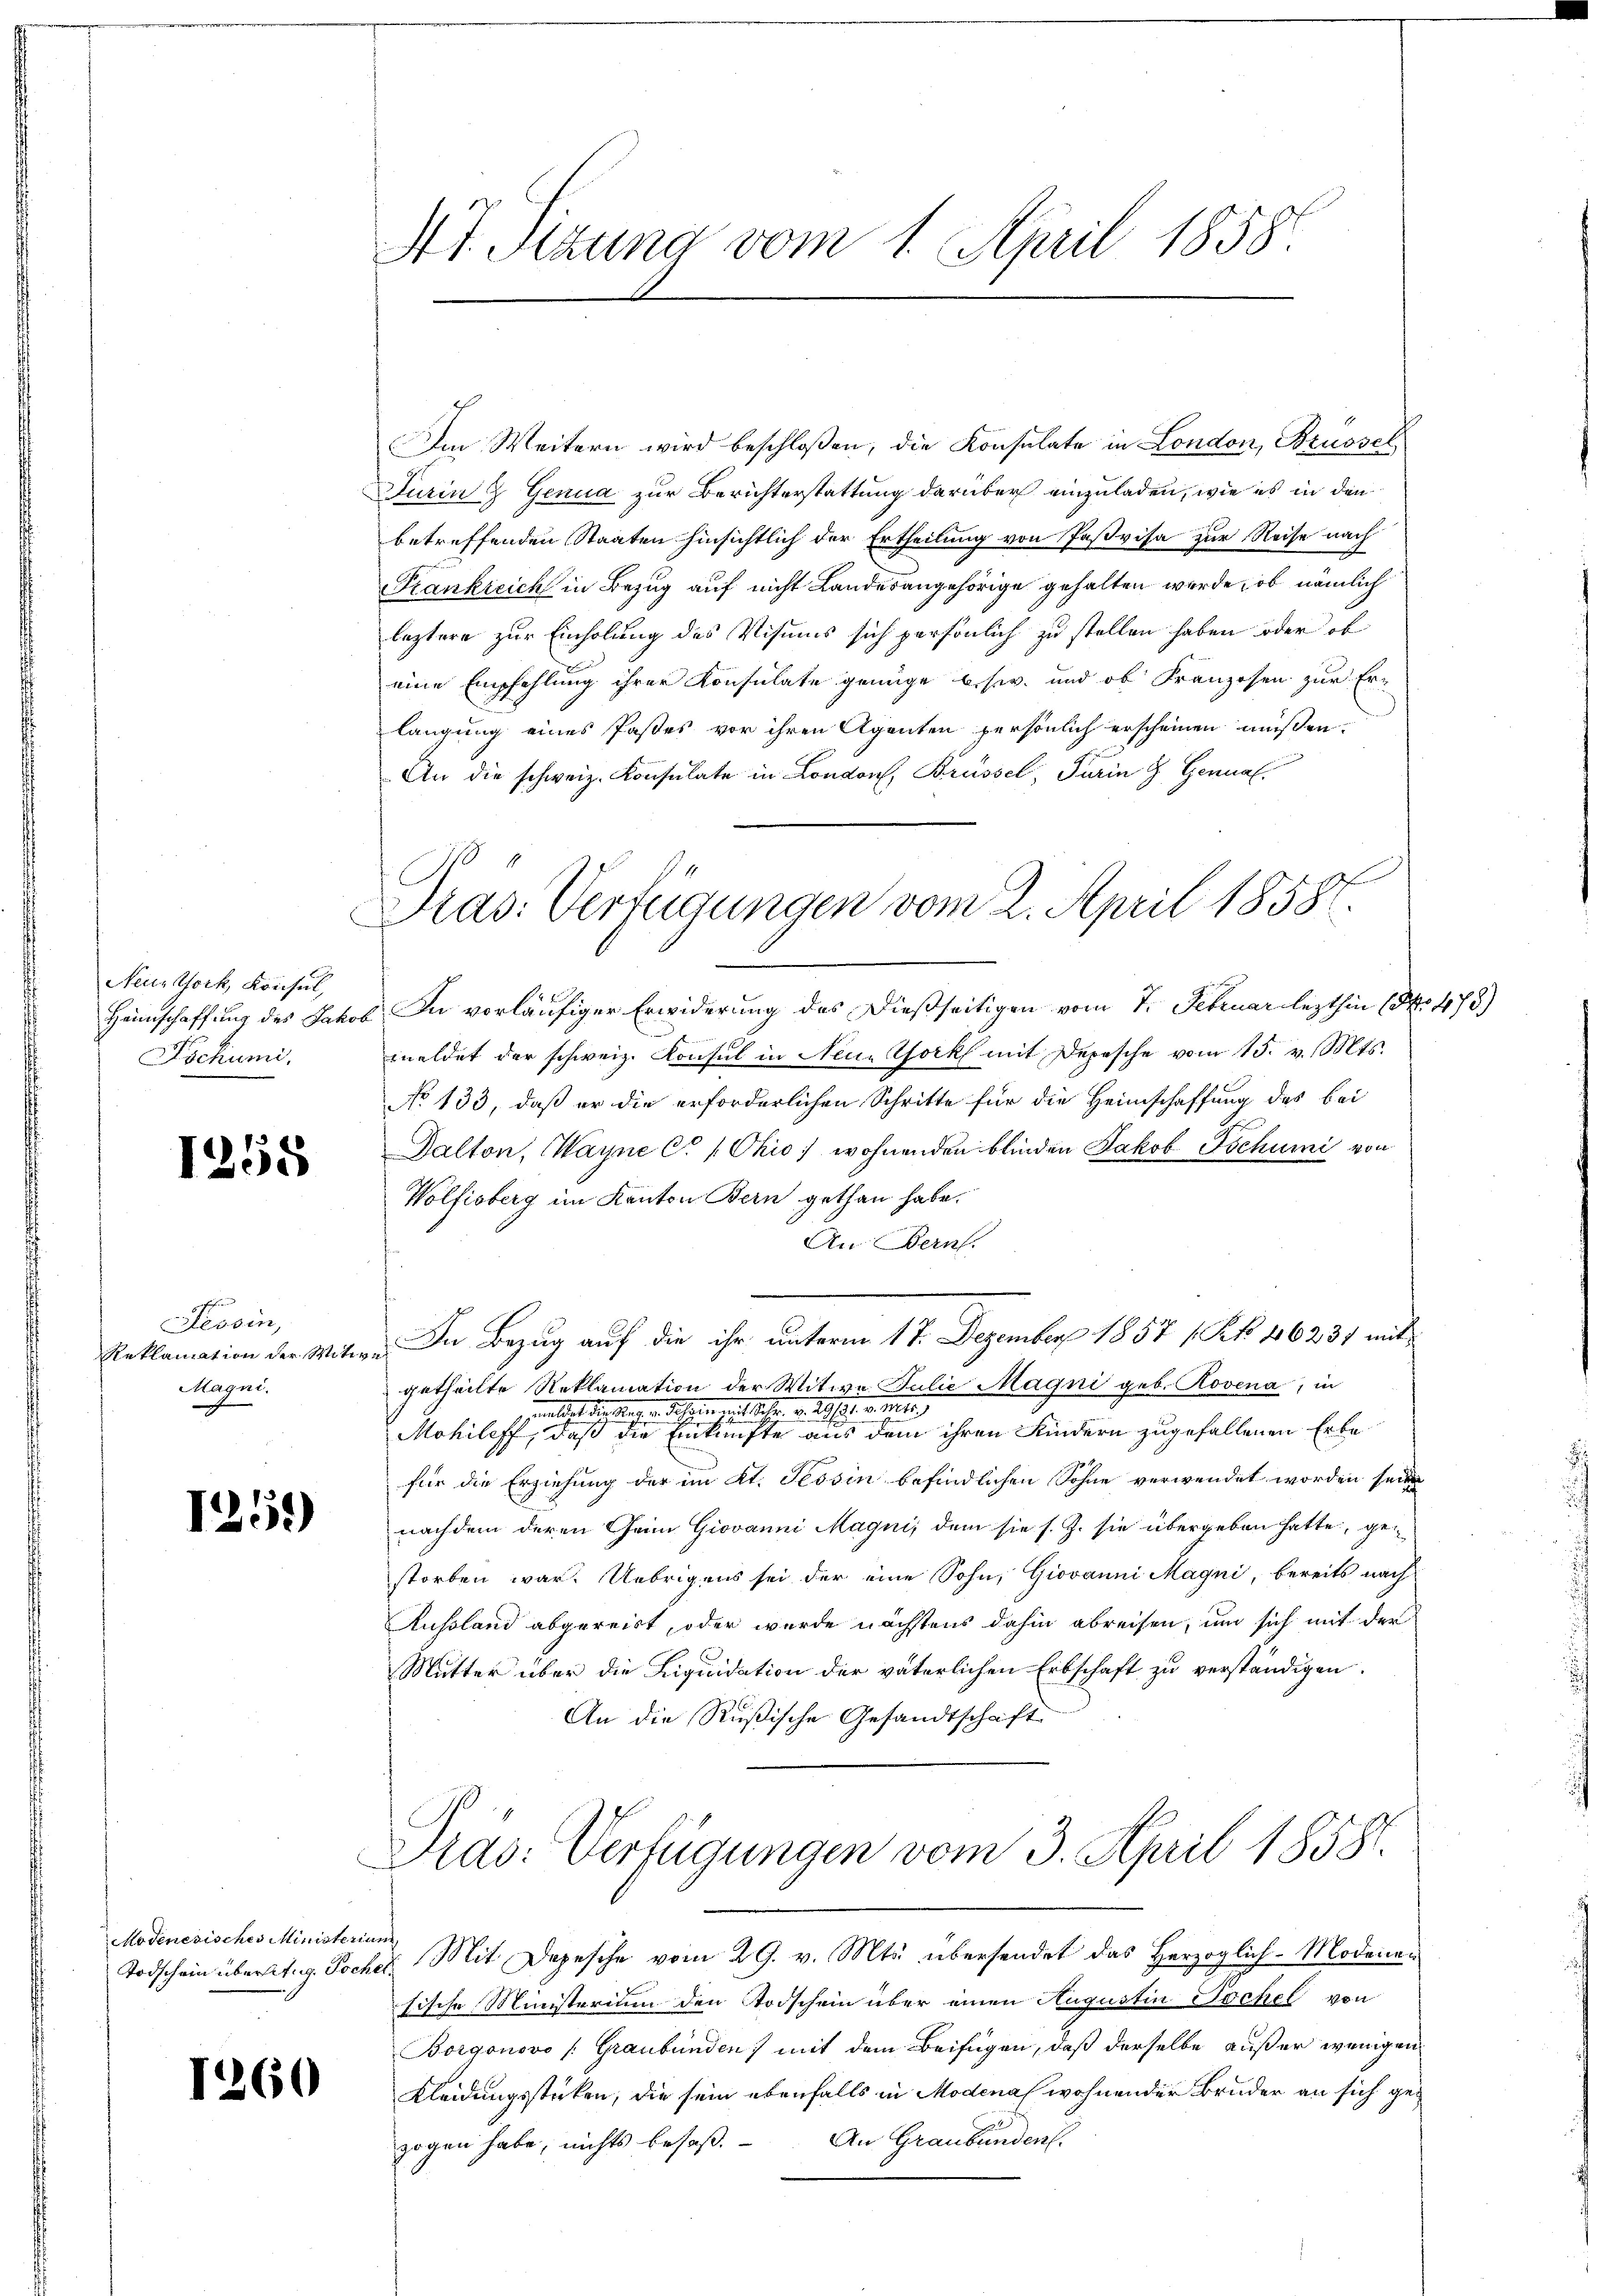
Neustfork, Konsul,
Heimschaffung des Jakob
Fochumi,

1258

gesehen
Plessin,
Reklamation der Witw
Magni.

1251)

Modenesisches Ministerium

1260

E

Im Weitern wird beschloßen, die Konsulate in London, Brüssel
Turin & Genua zur Berichterstattung darüber einzuladen, wie es in den
betreffenden Staaten hinsichtlich der Ertheilung von Paßvisa zur Reise nach
Frankreich in Bezug auf nicht Landesangehörige gehalten werde, ob nämlich
leztere zur Einholung des Visums sich persönlich zu stellen haben oder ob
eine Empfehlung ihrer Konsulate genüge u.s.w. und ob Franzosen zur Ern
langung eines Pastes vor ihren Agenten persönlich erscheinen müssen.
An die schweiz. Konsulate in London, Brüssel, Turin & Genual

St. Sizung vom 1. April 1858.

Pras. Verfügungen vom 2. April 18587.

In vorläufiger Erwiderung des dießseitigen vom 7. Februar lezthin 154. 473)
meldet der schweiz. Konsul in Neue York mit Depesche vom 15. v. Mts.
No 133, daß er die erforderlichen Schritte für die Heimschaffung des bei
Dalton, Wayne C / Ohio, wohnenden blinden Jakob Tschumi von
Wolfisberg im Kanton Bern gethan habe.
An Bern.
. In Bezug auf die ihr unterm 17. Dezember 1857 1. Frk. 16237 mit
getheilte Reklamation der Witwe Julie Magni geb. Rovena, in
enlicht die Schann zeitlicher. v. des sehr vierte
Mohileff, daß die Einkünfte aus dem ihren Kindern zugefallenen Erbe
für die Erziehung der im Kt. Tessin befindlichen Sohne verwendet worden seine
nachdem deren Geim Giovanni Magni, dem sie s. Z. sie übergeben hatte, gestorben war. Uebrigens sei der eine Sohn, Giovanni Magni, bereits nach
Aussland abgereist, oder wurde nächstens dahin abreisen, und sich mit der
Mutter über die Liquidation der väterlichen Erbschaft zu verständigen.
An die Rußische Gesandtschaft
Pras: Verfügungen vom 3. April 18581.
Todschein über lit. g. Tocher Mit Depesche vom 29. v. Mts. übersendet das Herzoglich-Modenan
sische Ministerium den Todschein über einen Augustin Jochel von
Borgonovo /: Graubünden) mit dem Beifügen, daß derselbe außer wenigen
Kleidungsstücken, die sein ebenfalls in Modena wohnender Bruder an sich gezogen habe, nichts besaß. An Graubünden.